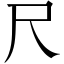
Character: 尺